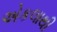
એકલાથી